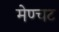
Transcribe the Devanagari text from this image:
मेण्चट